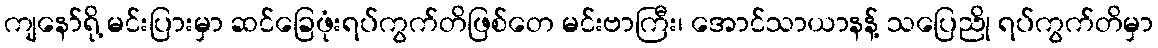
ကျနော်ရို့ မင်းပြားမှာ ဆင်ခြေဖုံးရပ်ကွက်တိဖြစ်တေ မင်းဗာကြီး၊ အောင်သာယာနန့် သပြေညို ရပ်ကွက်တိမှာ